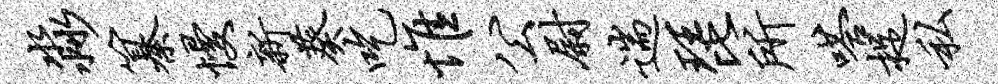
淼纂慢新葵吃惟公尉遄琵所嗒捉私